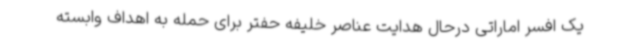
یک افسر اماراتی درحال هدایت عناصر خلیفه حفتر برای حمله به اهداف وابسته